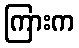
ကြားက